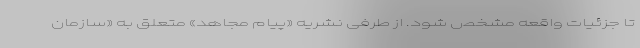
تا جزئیات واقعه مشخص شود. از طرفی نشریه «پیام مجاهد» متعلق به «سازمان